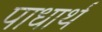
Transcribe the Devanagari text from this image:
पाधार्थ